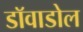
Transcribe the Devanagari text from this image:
डाॅवाडोल